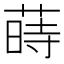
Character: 蒔